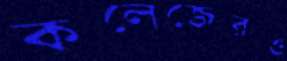
কলেজেরও